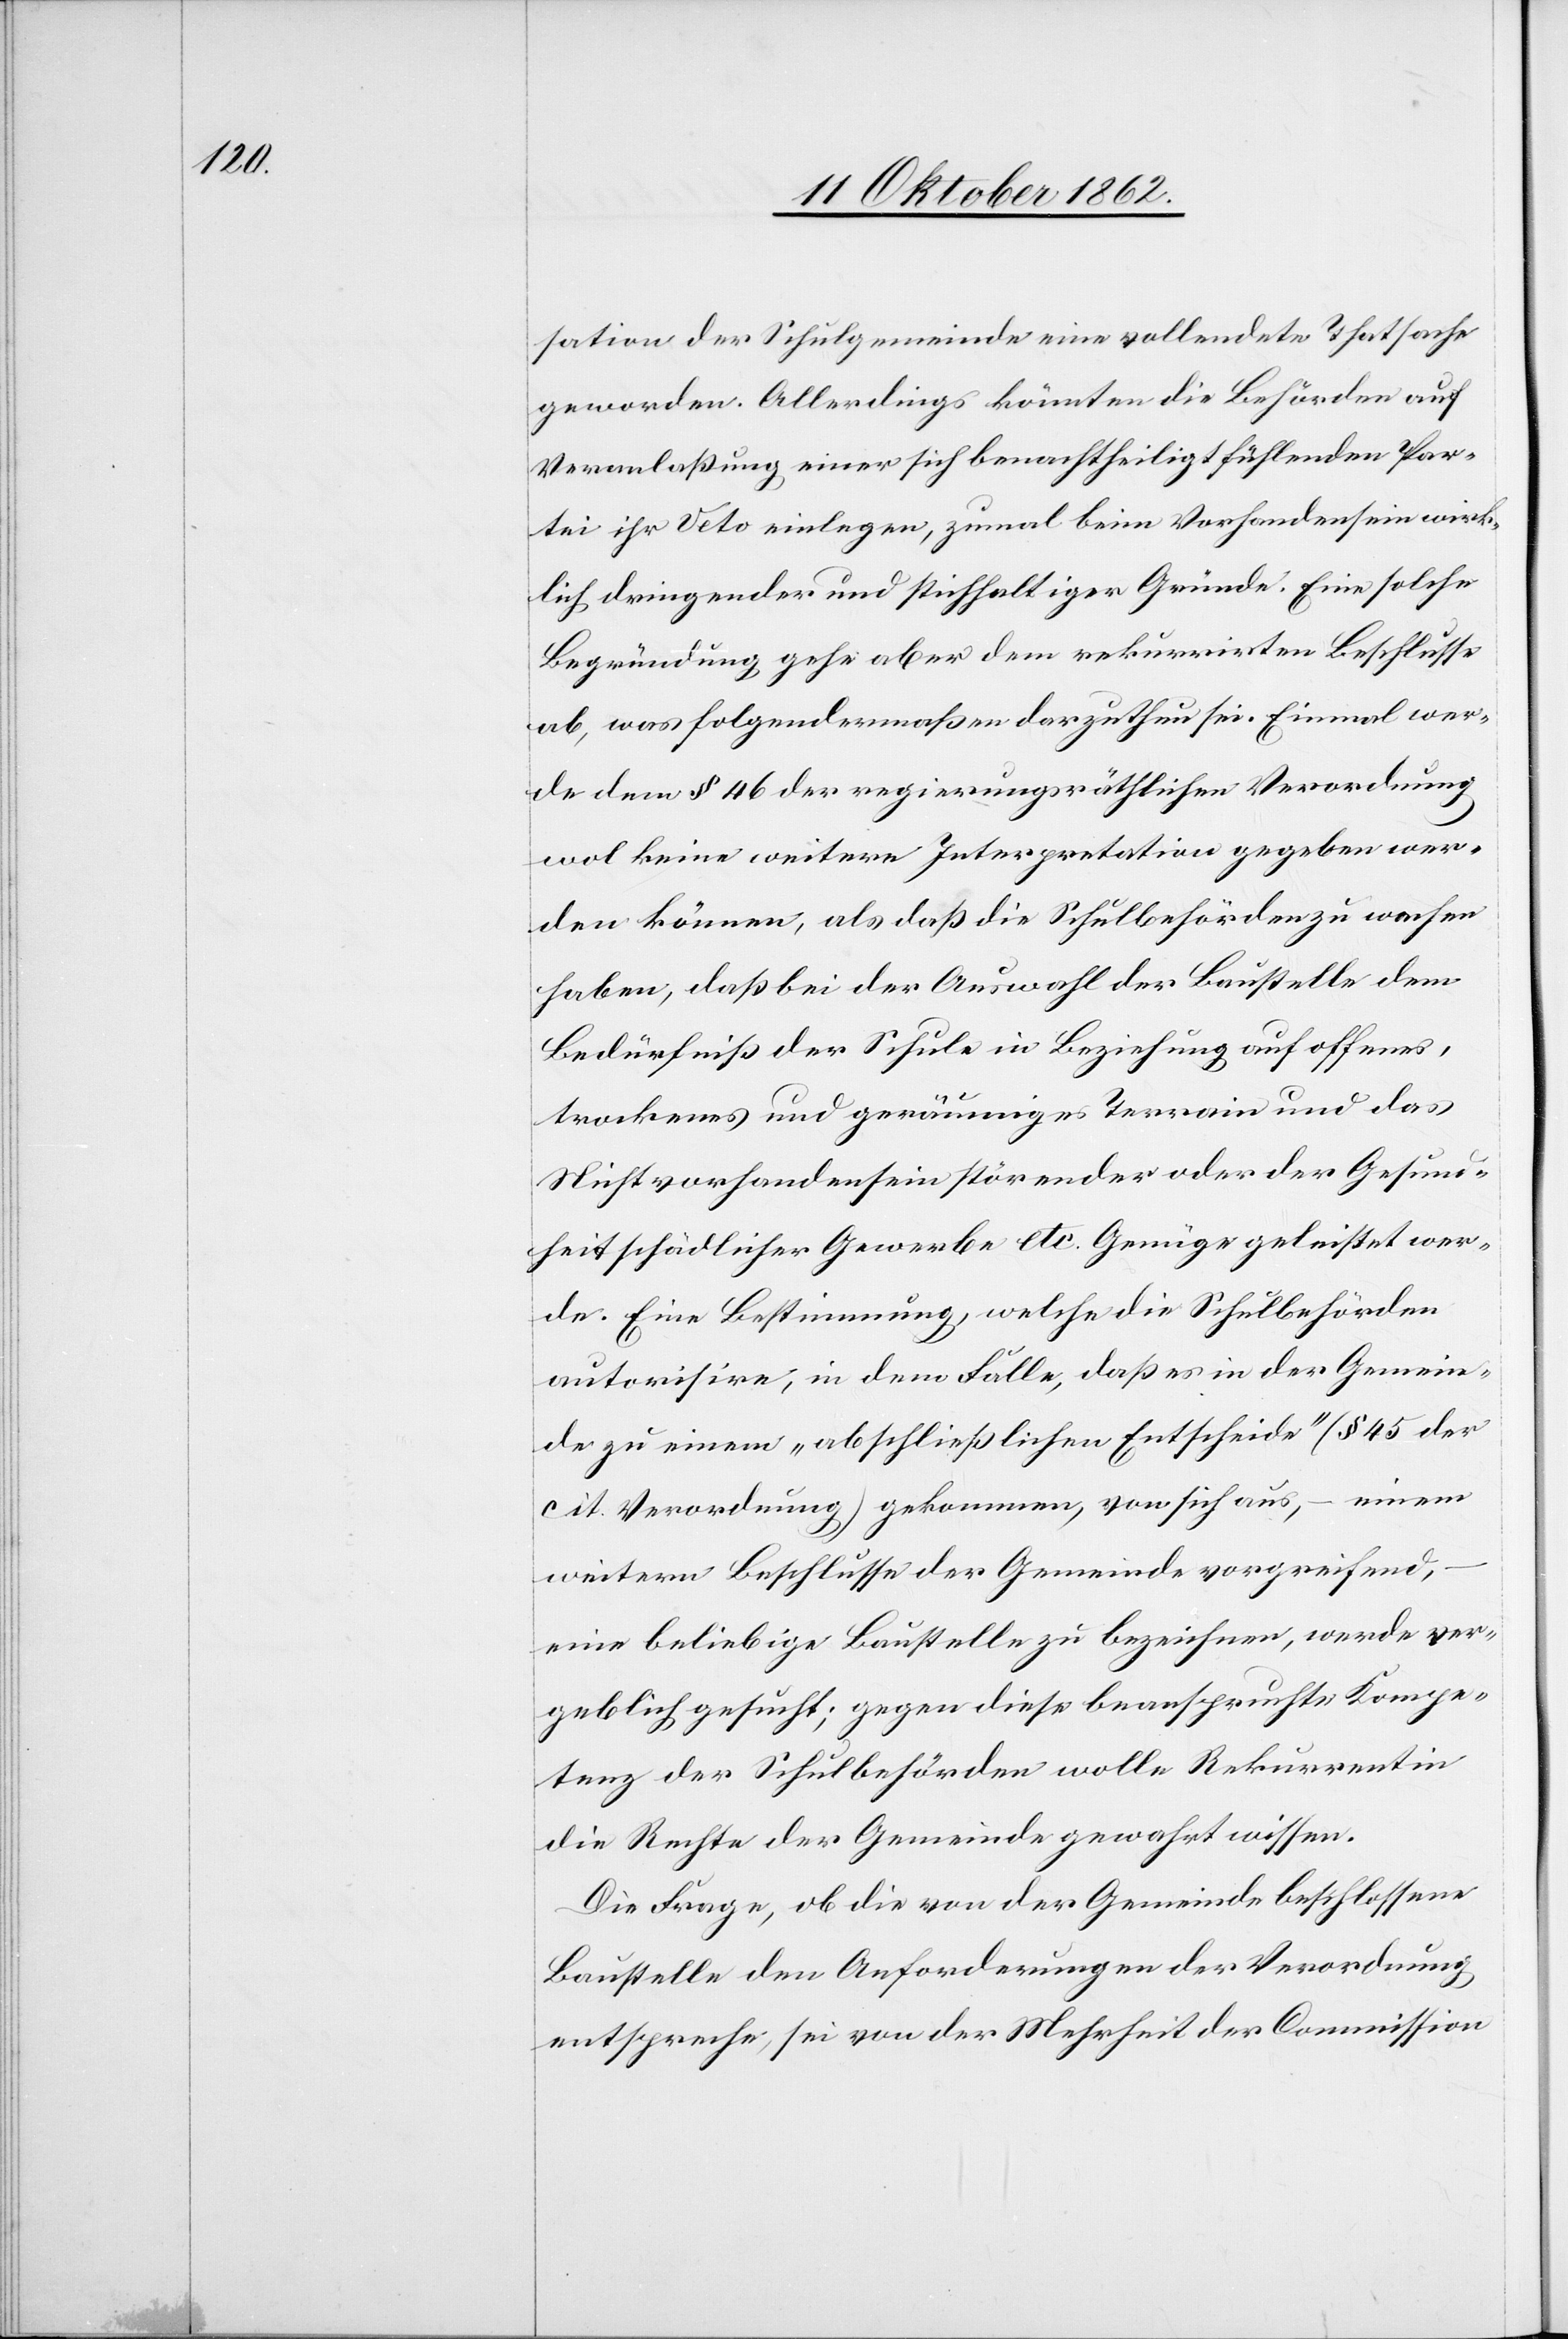
sation der Schulgemeinde eine vollendete Thatsache
geworden. Allerdings könnten die Behörden auf
Veranlaßung einer sich benachtheiligt fühlenden Par¬
tei ihr Veto einlegen, zumal beim Vorhandensein wirk¬
lich dringender und stichhaltiger Gründe. Eine solche
Begründung gehe aber dem rekurrirten Beschlusse
ab, was folgendermaßen darzuthun sei. Einmal wer¬
de dem § 46 der regierungsräthlichen Verordnung
wol keine weitere Interpretation gegeben wer¬
den können, als daß die Schulbehörden zu wachen
haben, daß bei der Auswahl der Baustelle dem
Bedürfniß der Schule in Beziehung auf offenes,
trockenes und geräumiges Terrain und das
Nichtvorhandensein störender oder der gesund¬
heitschädlicher Gewebe etc. Genüge geleistet wer¬
de- Eine Bestimmung, welche die Schulbehörden
autorisire, in dem Falle, daß es in der Gemein¬
de zu einem „abschließlichen Entscheide“ (§ 45 der
cit. Verordnung) gekommen, von sich aus, – einem
weitern Beschlusse der Gemeinde vorgreifend,
eine beliebige Baustelle zu bezeichnen, werde ver¬
geblich gesucht; gegen diese beanspruchte Kompe¬
tenz der Schulbehörden wolle Rekurrentin
die Rechte der Gemeinde gewahrt wissen.
Die Frage, ob die von der Gemeinde beschlossene
Baustelle den Anforderungen der Verordnung
entspreche, sei von der Mehrheit der Commission